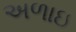
અળાઇ